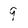
Character: 9